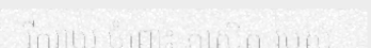
រីករាយ ចំពោះ ភាសិត របស់